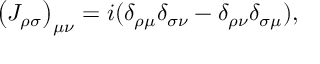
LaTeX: \left( { J _ { \rho \sigma } } \right) _ { \mu \nu } = i ( \delta _ { \rho \mu } \delta _ { \sigma \nu } - \delta _ { \rho \nu } \delta _ { \sigma \mu } ) ,